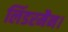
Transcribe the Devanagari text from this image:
लिंडरमैन।